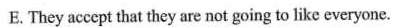
E. They accept that they are not going to like everyone.